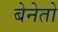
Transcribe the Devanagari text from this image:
बेनेतो